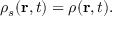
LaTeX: \rho _ { s } ( \mathbf { r } , t ) = \rho ( \mathbf { r } , t ) .